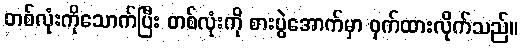
တစ်လုံးကိုသောက်ပြီး တစ်လုံးကို စားပွဲအောက်မှာ ဝှက်ထားလိုက်သည်။